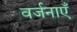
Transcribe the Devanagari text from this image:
वर्जनाएँ